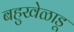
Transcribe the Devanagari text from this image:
बहुखेळाडू